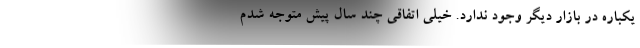
یکباره در بازار دیگر وجود ندارد. خیلی اتفاقی چند سال پیش متوجه شدم